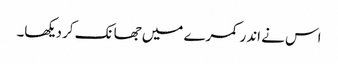
اس نے اندر کمرے میں جھانک کر دیکھا۔